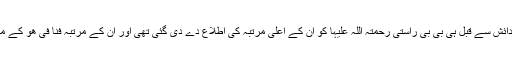
حضرت سخی سلطان باھو رحمتہ اللہ علیہ کی پیدائش سے قبل ہی بی بی راستی رحمتہ اللہ علیہا کو ان کے اعلیٰ مرتبہ کی اطلاع دے دی گئی تھی اور ان کے مرتبہ فنا فی ھُو کے مطابق ان کا اسمِ گرامی ”باھُو” الہاماً بتا دیا گیاتھا۔